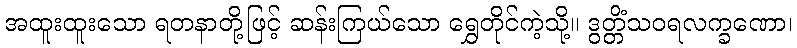
အထူးထူးသော ရတနာတို့ဖြင့် ဆန်းကြယ်သော ရွှေတိုင်ကဲ့သို့။ ဒွတ္တိံသဝရလက္ခဏော၊